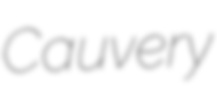
Cauvery